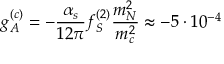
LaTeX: g _ { A } ^ { ( c ) } = - \frac { \alpha _ { s } } { 1 2 \pi } f _ { S } ^ { ( 2 ) } \frac { m _ { N } ^ { 2 } } { m _ { c } ^ { 2 } } \approx - 5 \cdot 1 0 ^ { - 4 }